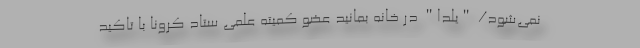
نمی‌شود/ "یلدا" در خانه بمانید عضو کمیته علمی ستاد کرونا با تاکید